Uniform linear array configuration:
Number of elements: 16
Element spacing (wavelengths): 0.5
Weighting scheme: uniform
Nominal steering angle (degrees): -45
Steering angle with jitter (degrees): -44.584
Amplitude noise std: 0.05
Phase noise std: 0.05

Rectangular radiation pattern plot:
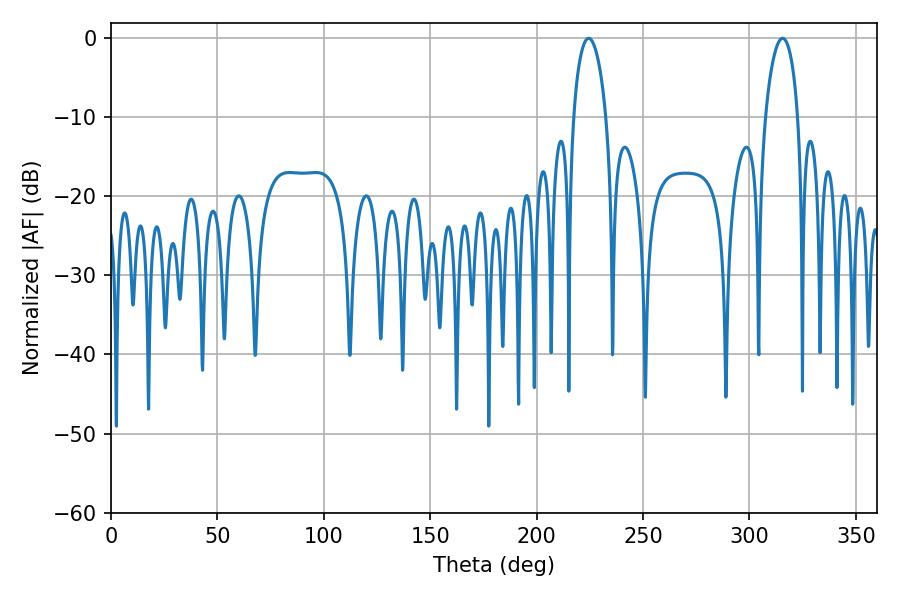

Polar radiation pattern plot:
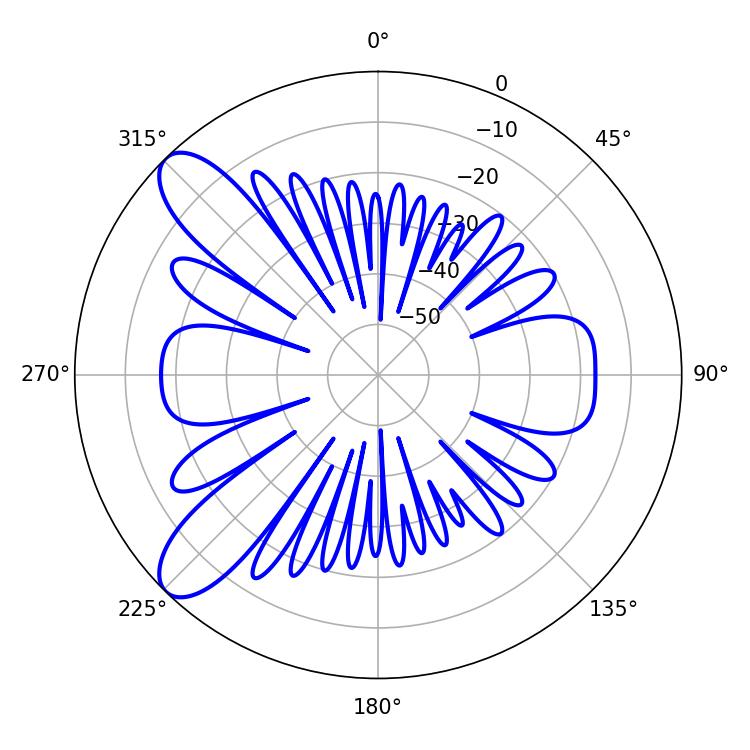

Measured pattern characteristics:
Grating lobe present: FALSE
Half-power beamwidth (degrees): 8.64
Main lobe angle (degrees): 224.46